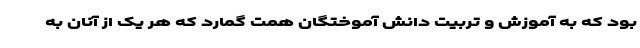
بود که به آموزش و تربیت دانش آموختگان همت گمارد که هر یک از آنان به